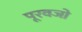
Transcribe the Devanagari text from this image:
पूरवजो